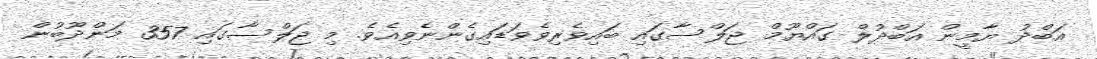
އަބްދު ޔާމީން އަބްދުލް ގައްޔޫމް ޖަލްސާގައި ބައިވެރިވެވަޑައިގެންނެވިއެވެ. މި ޖަލްސާގައި 357 މަންދޫބުން